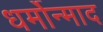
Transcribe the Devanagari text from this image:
धर्मोन्माद